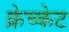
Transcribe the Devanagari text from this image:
क्रेच्केट